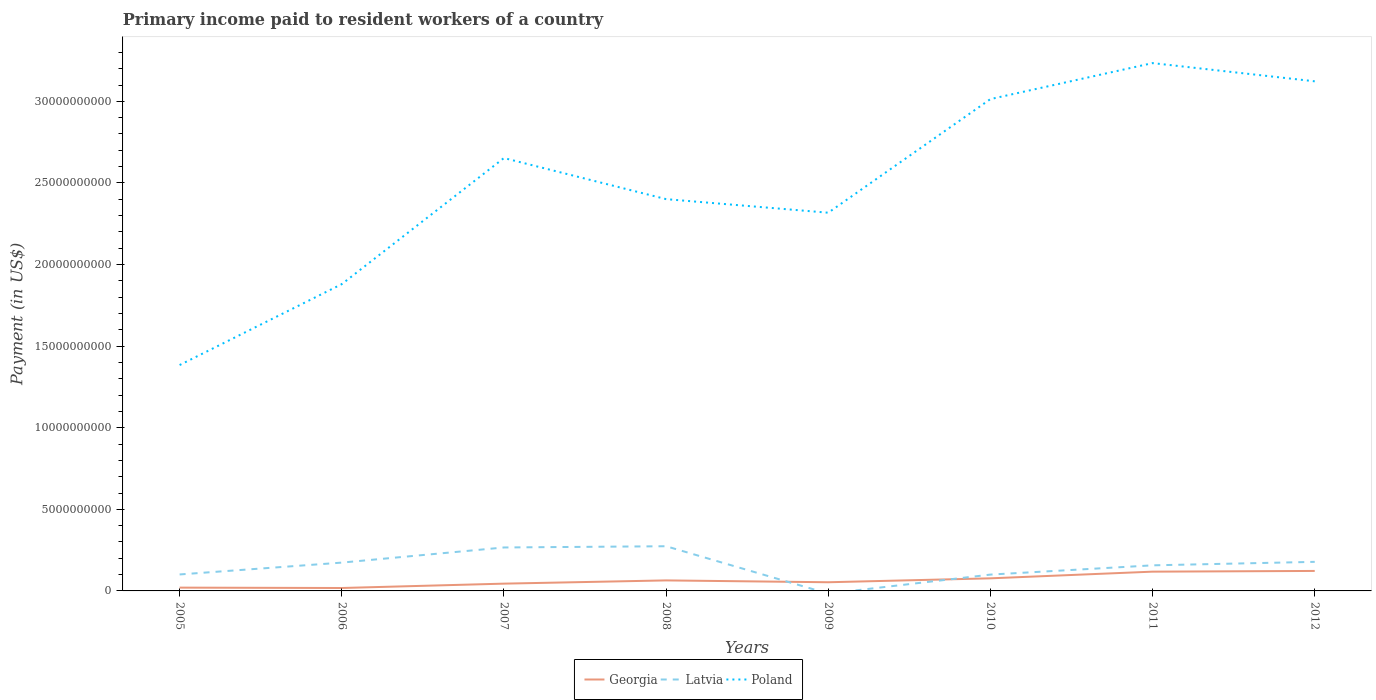
| Years | Georgia | Latvia | Poland |
 | --- | --- | --- | --- |
 | 2005 | 2.02e+08 | 1.01e+09 | 1.38e+10 |
 | 2006 | 1.79e+08 | 1.74e+09 | 1.88e+10 |
 | 2007 | 4.46e+08 | 2.66e+09 | 2.65e+10 |
 | 2008 | 6.44e+08 | 2.74e+09 | 2.4e+10 |
 | 2009 | 5.31e+08 | -1.66e+08 | 2.32e+10 |
 | 2010 | 7.71e+08 | 1e+09 | 3.01e+10 |
 | 2011 | 1.18e+09 | 1.57e+09 | 3.23e+10 |
 | 2012 | 1.22e+09 | 1.78e+09 | 3.12e+10 |